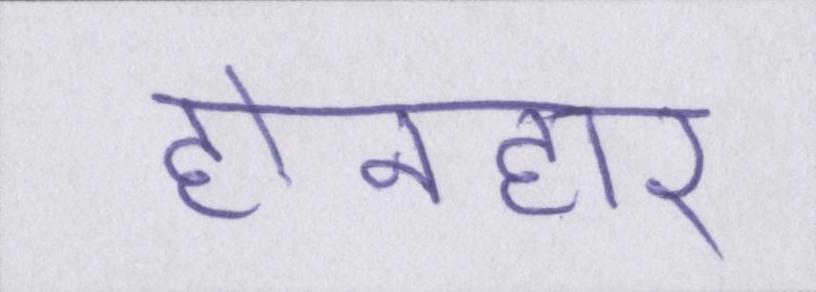
होनहार